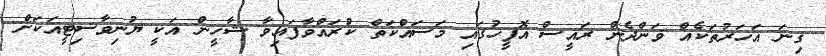
ގިނަ އަހަރުތަކެއް ވަންދެން ރައީސް އޮފީހުގައި މަސައްކަތް ކުރައްވާފައިވާ ޝާހީން އަކީ ޔުނިވާސިޓީއަކަށް